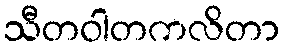
သီတဝါတကလိတာ